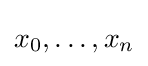
x_{0},\ldots ,x_{n}